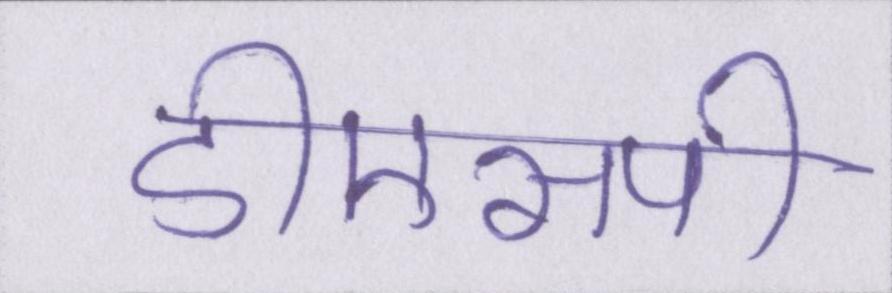
डीएसपी